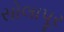
સોલાપૂર